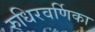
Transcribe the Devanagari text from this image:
रुधिरवर्णिका